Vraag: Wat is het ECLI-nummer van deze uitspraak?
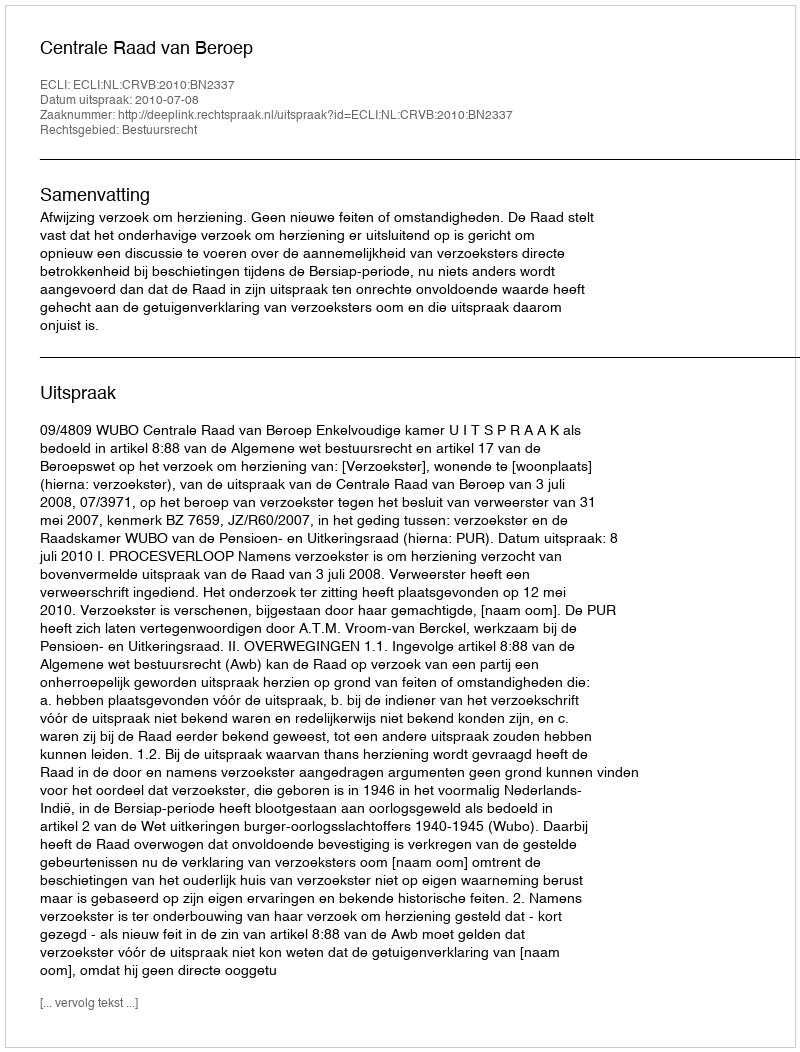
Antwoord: ECLI:NL:CRVB:2010:BN2337